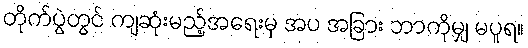
တိုက်ပွဲတွင် ကျဆုံးမည့်အရေးမှ အပ အခြား ဘာကိုမျှ မပူရ။